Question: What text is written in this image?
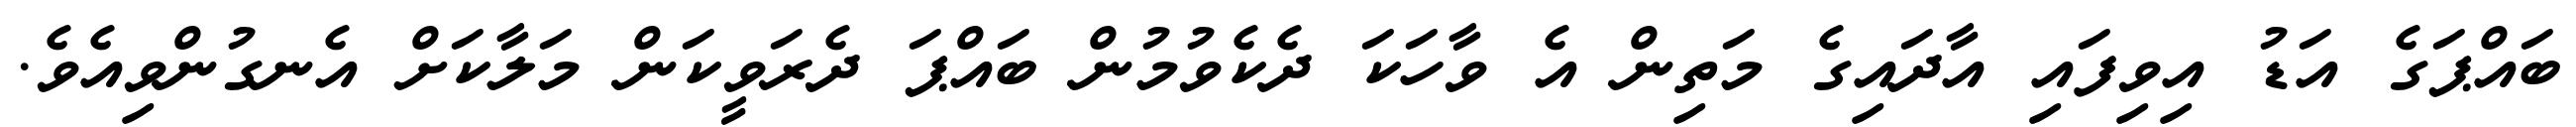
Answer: ބައްޕަގެ އަޑު އިވިފައި އާދައިގެ މަތިން އެ ވާހަކަ ދެކެވުމުން ބައްޕަ ދެރަވީކަން މަލާކަށް އެނގުންވިއެވެ.